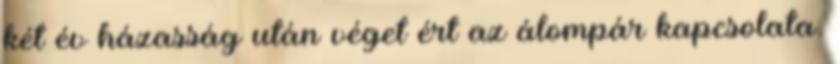
két év házasság után véget ért az álompár kapcsolata.